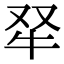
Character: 𤘩